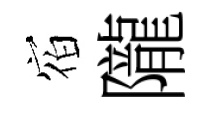
𪧐隴